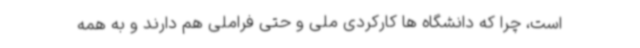
است، چرا که دانشگاه ها کارکردی ملی و حتی فراملی هم دارند و به همه